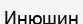
Инюшин